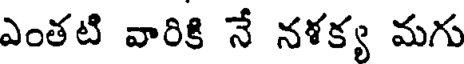
ఎంతటి వారికి నే నళక్య మగు